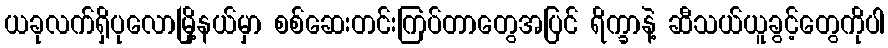
ယခုလက်ရှိပုလောမြို့နယ်မှာ စစ်ဆေးတင်းကြပ်တာတွေအပြင် ရိက္ခာနဲ့ ဆီသယ်ယူခွင့်တွေကိုပါ